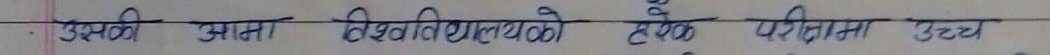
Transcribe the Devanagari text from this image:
उसकी क्षमता विश्वविद्यालयको हरैक परीक्षामा उच्च